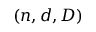
( n , d , D )